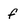
Character: f